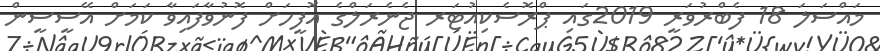
މައްސަލަ 18 ފެބްރުވަރީ 2019ގައި ޕްރޮސެކިއުޓަރ ޖެނެރަލްގެ އޮފީހަށް ފޮނުވާފައިވާ ކަމަށް އޭސީސީން